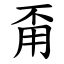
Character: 甭